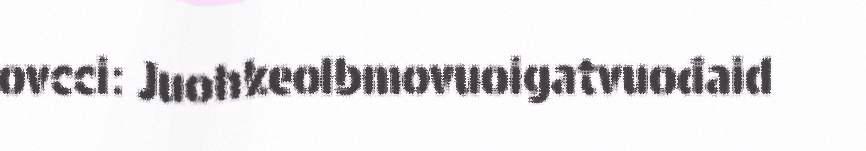
ovcci: Juohkeolbmovuoigatvuođaid